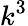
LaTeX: k^{3}